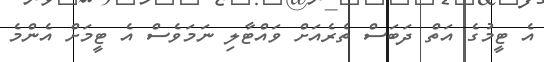
އެ ޓީމުގެ އަތް ދަބަސް ތެރެއަށް ވައްޓާލި ނަމަވެސް އެ ޓީމަށް އެންމެ